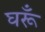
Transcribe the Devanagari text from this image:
घरूँ